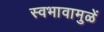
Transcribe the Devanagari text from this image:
स्वभावामुळें